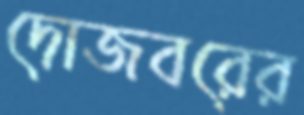
দোজবরের